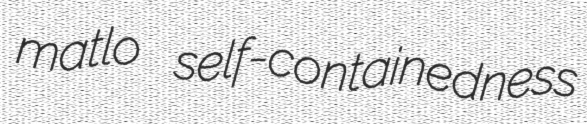
matlo self-containedness